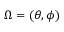
\Omega = ( \theta , \phi )